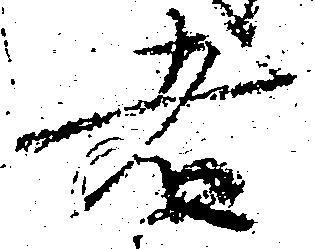
者